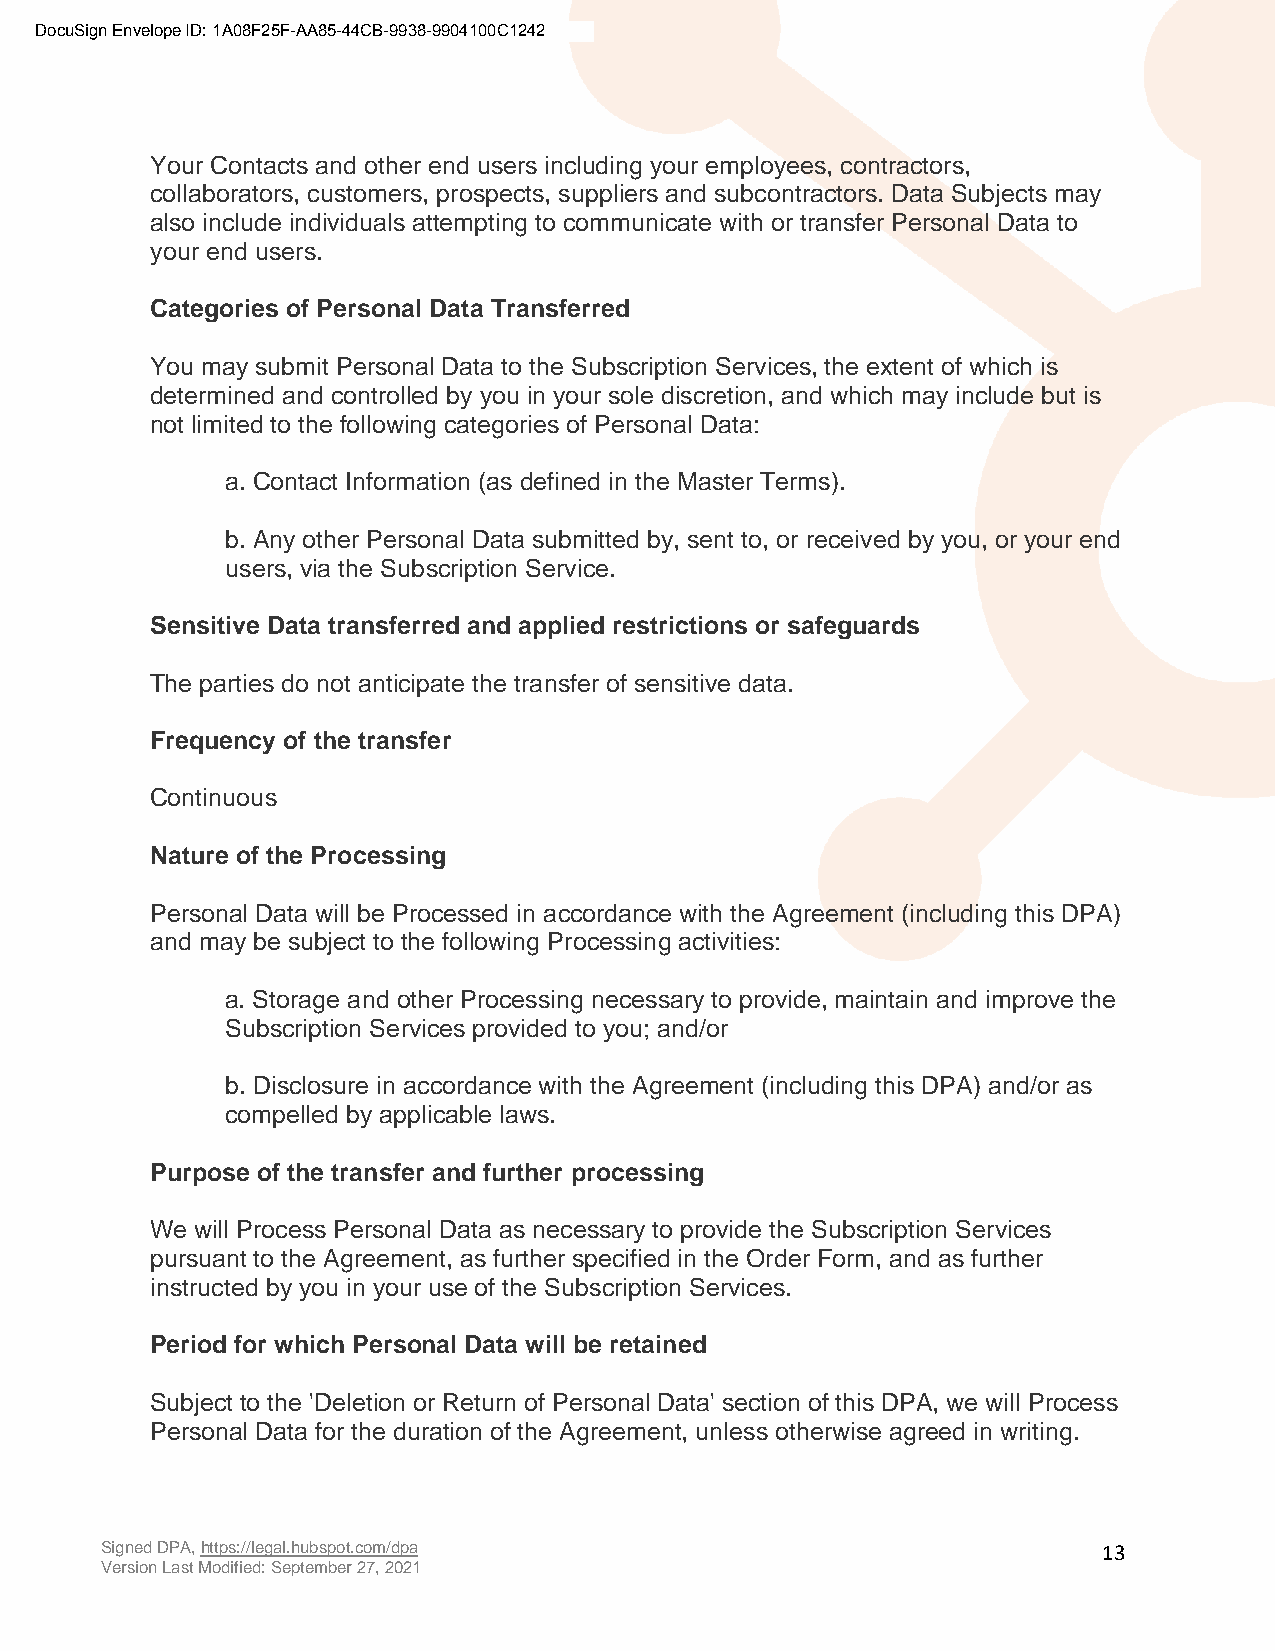
DocuSign Envelope ID: 1A08F25F-AA85-44CB-9938-9904100C1242
 Your Contacts and other end users including your employees, contractors,
 collaborators, customers, prospects, suppliers and subcontractors. Data Subjects may
 also include individuals attempting to communicate with or transfer Personal Data to
 your end users.
 Categories of Personal Data Transferred
 You may submit Personal Data to the Subscription Services, the extent of which is
 determined and controlled by you in your sole discretion, and which may include but is
 not limited to the following categories of Personal Data:
 a. Contact Information (as defined in the Master Terms).
 b. Any other Personal Data submitted by, sent to, or received by you, or your end
 users, via the Subscription Service.
 Sensitive Data transferred and applied restrictions or safeguards
 The parties do not anticipate the transfer of sensitive data.
 Frequency of the transfer
 Continuous
 Nature of the Processing
 Personal Data will be Processed in accordance with the Agreement (including this DPA)
 and may be subject to the following Processing activities:
 a. Storage and other Processing necessary to provide, maintain and improve the
 Subscription Services provided to you; and/or
 b. Disclosure in accordance with the Agreement (including this DPA) and/or as
 compelled by applicable laws.
 Purpose of the transfer and further processing
 We will Process Personal Data as necessary to provide the Subscription Services
 pursuant to the Agreement, as further specified in the Order Form, and as further
 instructed by you in your use of the Subscription Services.
 Period for which Personal Data will be retained
 Subject to the 'Deletion or Return of Personal Data' section of this DPA, we will Process
 Personal Data for the duration of the Agreement, unless otherwise agreed in writing.
 Signed DPA, https://legal.hubspot.com/dpa                         13
 Version Last Modified: September 27, 2021